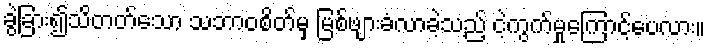
ခွဲခြား၍သိတတ်သော သဘာဝစိတ်မှ မြစ်ဖျားခံလာခဲ့သည့် ငဲ့ကွက်မှုကြောင့်ပေလား။